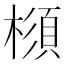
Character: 𣛪